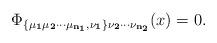
LaTeX: \begin{align*}\Phi_{\bf \{\mu_1\mu_2\cdots\mu_{n_1}, \nu_1\}\nu_2\cdots\nu_{n_2}}(x)=0.\end{align*}